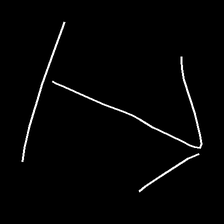
Glyph: levitation